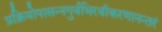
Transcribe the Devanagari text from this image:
प्रक्रियोपासन्नगुर्वभिरवीकरणानन्तरं